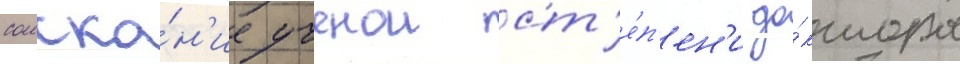
соиска́н'ие ученои ст'е́п'ен'и до́ктора